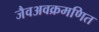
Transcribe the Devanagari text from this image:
जैवअवक्रमणित